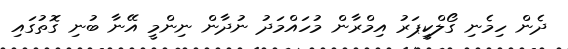
ދެން ހިމެނި ގޯލްކީޕަރު އިމްރާން މުހައްމަދު ނުދާން ނިންމީ އޭނާ ބުނި ގޮތުގައި